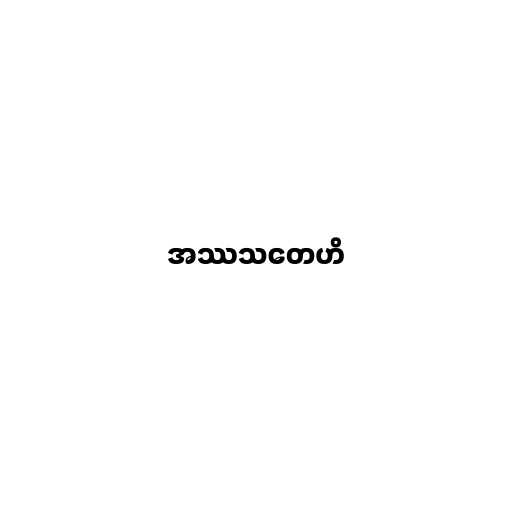
အဿသတေဟိ